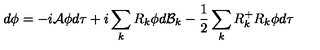
d \phi = - i { \cal A } \phi d \tau + i \sum _ { k } R _ { k } \phi d { \cal B } _ { k } - \frac { 1 } { 2 } \sum _ { k } R _ { k } ^ { + } R _ { k } \phi d \tau